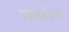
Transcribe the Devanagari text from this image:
मसंत